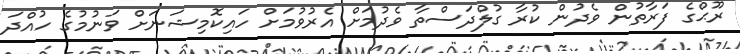
ރޫޙްގެ ފަރާތުން ވެދުން ކުރާ ގުލްދަސްތާ ވެދުމަށް އެރުވުމަށް ހައިކޮމިޝަނަށް ވަނުމުގެ ހުއްދަ